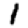
Digit: 1